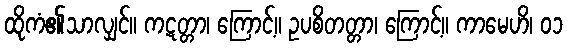
ထိုကံ၏သာလျှင်။ ကဋတ္တာ၊ ကြောင့်။ ဥပစိတတ္တာ၊ ကြောင့်။ ကာမေဟိ၊ ၀၁